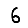
Digit: 6